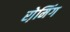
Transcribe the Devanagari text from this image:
रो़मिंग